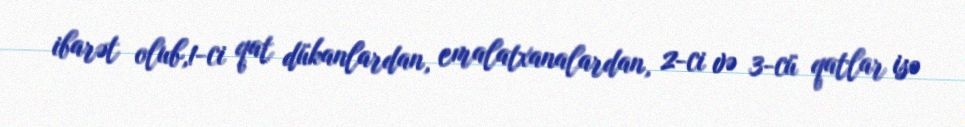
ibarət olub,1-ci qat dükanlardan, emalatxanalardan, 2-ci və 3-cü qatlar isə